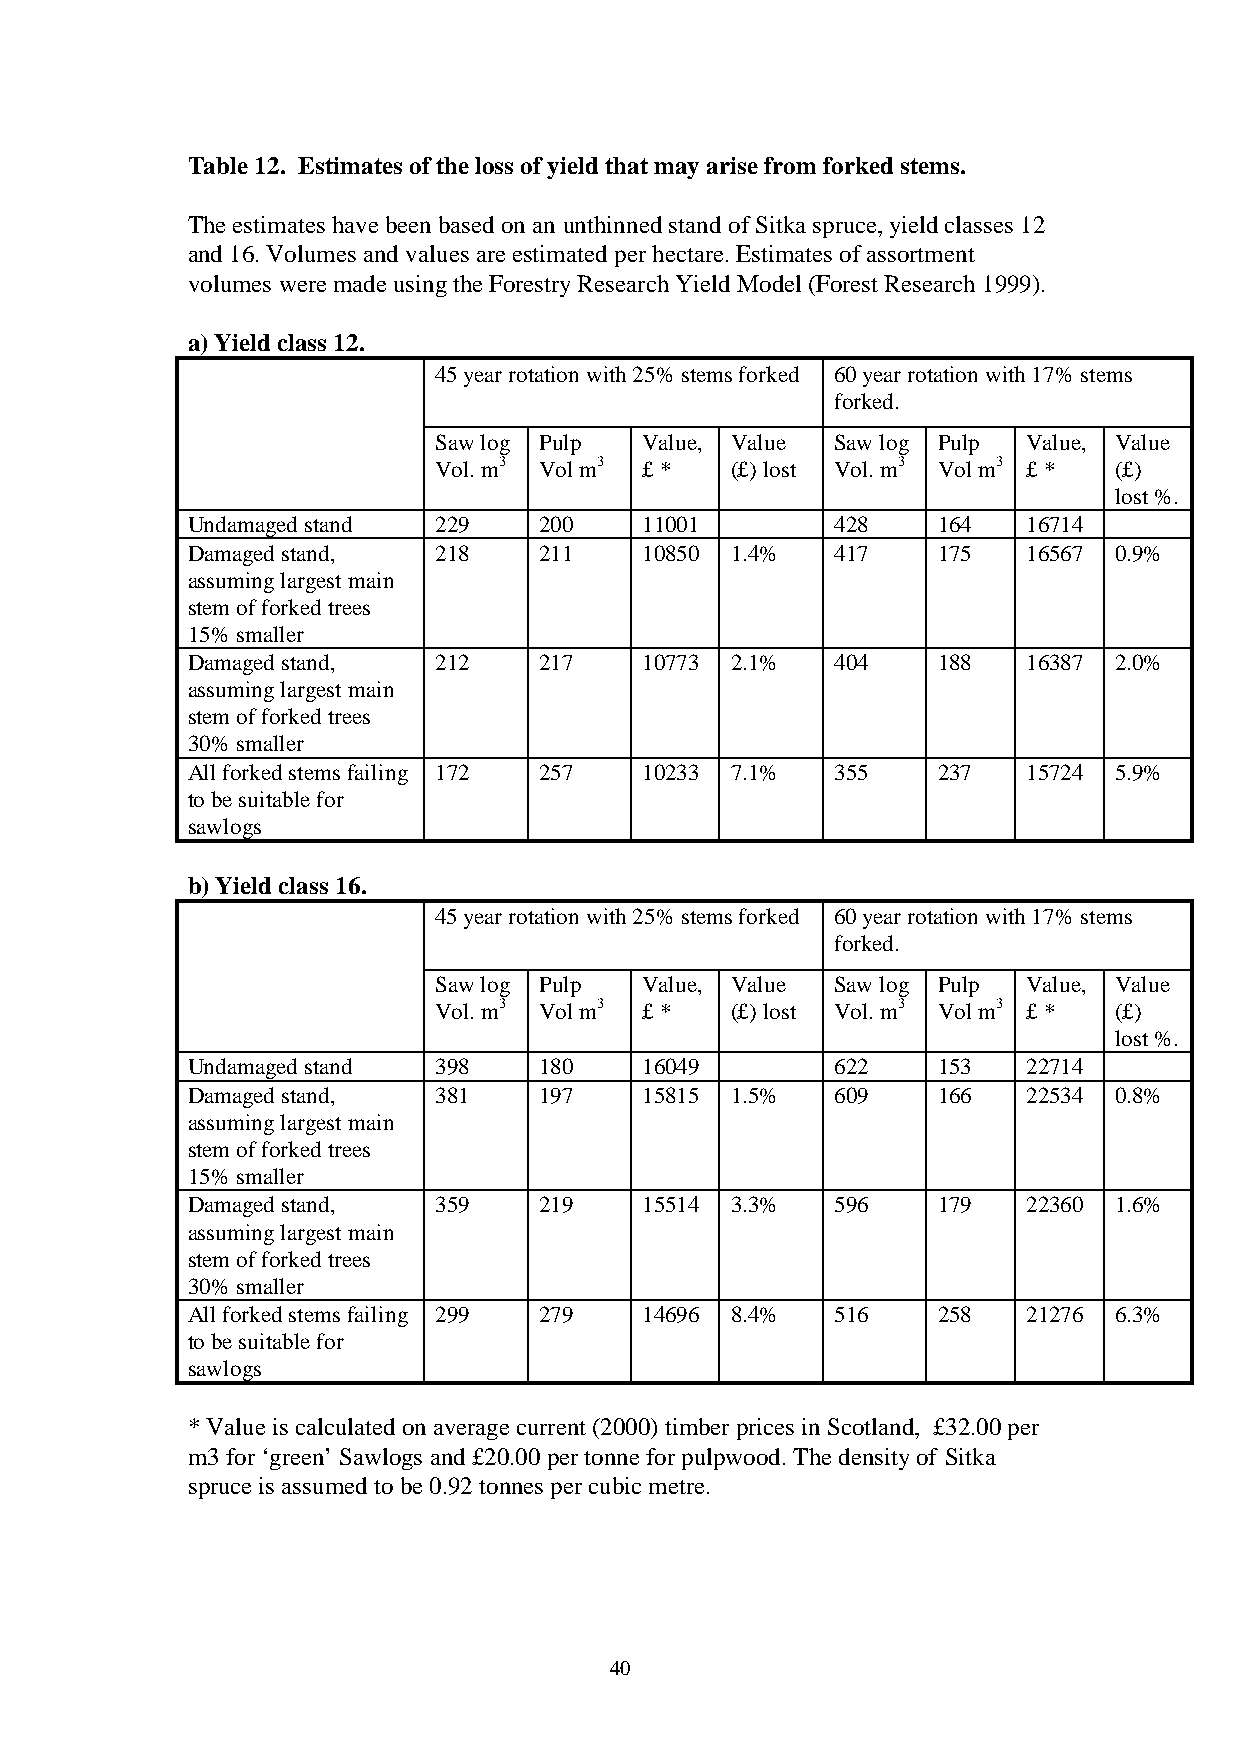
Table 12. Estimates of the loss of yield that may arise from forked stems.
 The estimates have been based on an unthinned stand of Sitka spruce, yield classes 12
 and 16. Volumes and values are estimated per hectare. Estimates of assortment
 volumes were made using the Forestry Research Yield Model (Forest Research 1999).
 a) Yield class 12.
 45 year rotation with 25% stems forked 60 year rotation with 17% stems
 forked.
 Saw log Pulp  Value, Value Saw log Pulp Value, Value
 Vol. m3 Vol m3 £ * (£) lost Vol. m3 Vol m3 £ * (£)
 lost %.
 Undamaged stand  229    200    11001       428    164   16714
 Damaged stand,   218    211    10850 1.4%  417    175   16567 0.9%
 assuming largest main
 stem of forked trees
 15% smaller
 Damaged stand,   212    217    10773 2.1%  404    188   16387 2.0%
 assuming largest main
 stem of forked trees
 30% smaller
 All forked stems failing 172 257 10233 7.1% 355   237   15724 5.9%
 to be suitable for
 sawlogs
 b) Yield class 16.
 45 year rotation with 25% stems forked 60 year rotation with 17% stems
 forked.
 Saw log Pulp  Value, Value Saw log Pulp Value, Value
 Vol. m3 Vol m3 £ * (£) lost Vol. m3 Vol m3 £ * (£)
 lost %.
 Undamaged stand  398    180    16049       622    153   22714
 Damaged stand,   381    197    15815 1.5%  609    166   22534 0.8%
 assuming largest main
 stem of forked trees
 15% smaller
 Damaged stand,   359    219    15514 3.3%  596    179   22360 1.6%
 assuming largest main
 stem of forked trees
 30% smaller
 All forked stems failing 299 279 14696 8.4% 516   258   21276 6.3%
 to be suitable for
 sawlogs
 * Value is calculated on average current (2000) timber prices in Scotland, £32.00 per
 m3 for ‘green’ Sawlogs and £20.00 per tonne for pulpwood. The density of Sitka
 spruce is assumed to be 0.92 tonnes per cubic metre.
 40